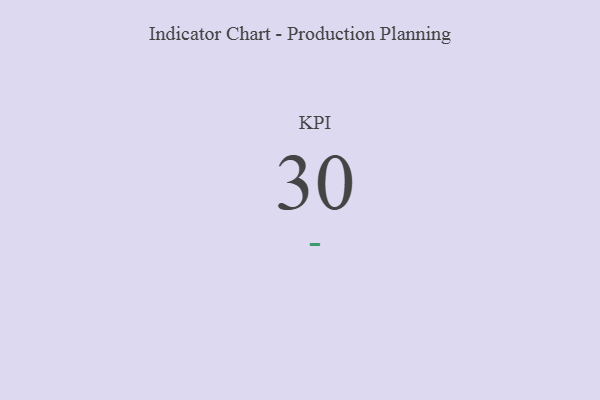
{"axis": {"x": "KPI", "y": "Value"}, "legend": [""], "data": [{"x": "KPI", "y": 30, "type": ""}]}